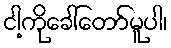
ငါ့ကိုခေါ်တော်မူပါ၊